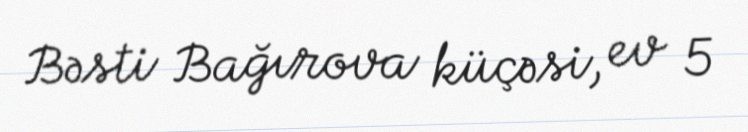
Bəsti Bağırova küçəsi, ev 5